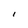
Character: I